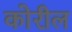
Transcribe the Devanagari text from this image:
कोरील